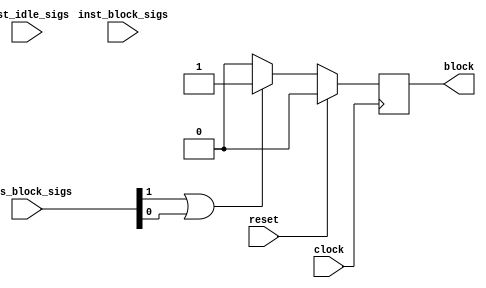
`timescale 1 ns / 1 ps

module StreamingMaxPool_Batch_0_hls_deadlock_idx1_monitor ( // for module StreamingMaxPool_Batch_0_StreamingMaxPool_Batch_0_inst.grp_StreamingMaxPool_Precision_28u_2u_6u_ap_uint_8_0_48_s_fu_28
    input wire clock,
    input wire reset,
    input wire [1:0] axis_block_sigs,
    input wire [3:0] inst_idle_sigs,
    input wire [0:0] inst_block_sigs,
    output wire block
);

// signal declare
reg monitor_find_block;
wire idx3_block;
wire idx2_block;
wire sub_parallel_block;
wire all_sub_parallel_has_block;
wire all_sub_single_has_block;
wire cur_axis_has_block;
wire seq_is_axis_block;

assign block = monitor_find_block;
assign idx3_block = axis_block_sigs[1];
assign idx2_block = axis_block_sigs[0];
assign all_sub_parallel_has_block = 1'b0;
assign all_sub_single_has_block = 1'b0 | (idx3_block & (axis_block_sigs[1])) | (idx2_block & (axis_block_sigs[0]));
assign cur_axis_has_block = 1'b0;
assign seq_is_axis_block = all_sub_parallel_has_block | all_sub_single_has_block | cur_axis_has_block;

always @(posedge clock) begin
    if (reset == 1'b1)
        monitor_find_block <= 1'b0;
    else if (seq_is_axis_block == 1'b1)
        monitor_find_block <= 1'b1;
    else
        monitor_find_block <= 1'b0;
end


// instant sub module
endmodule